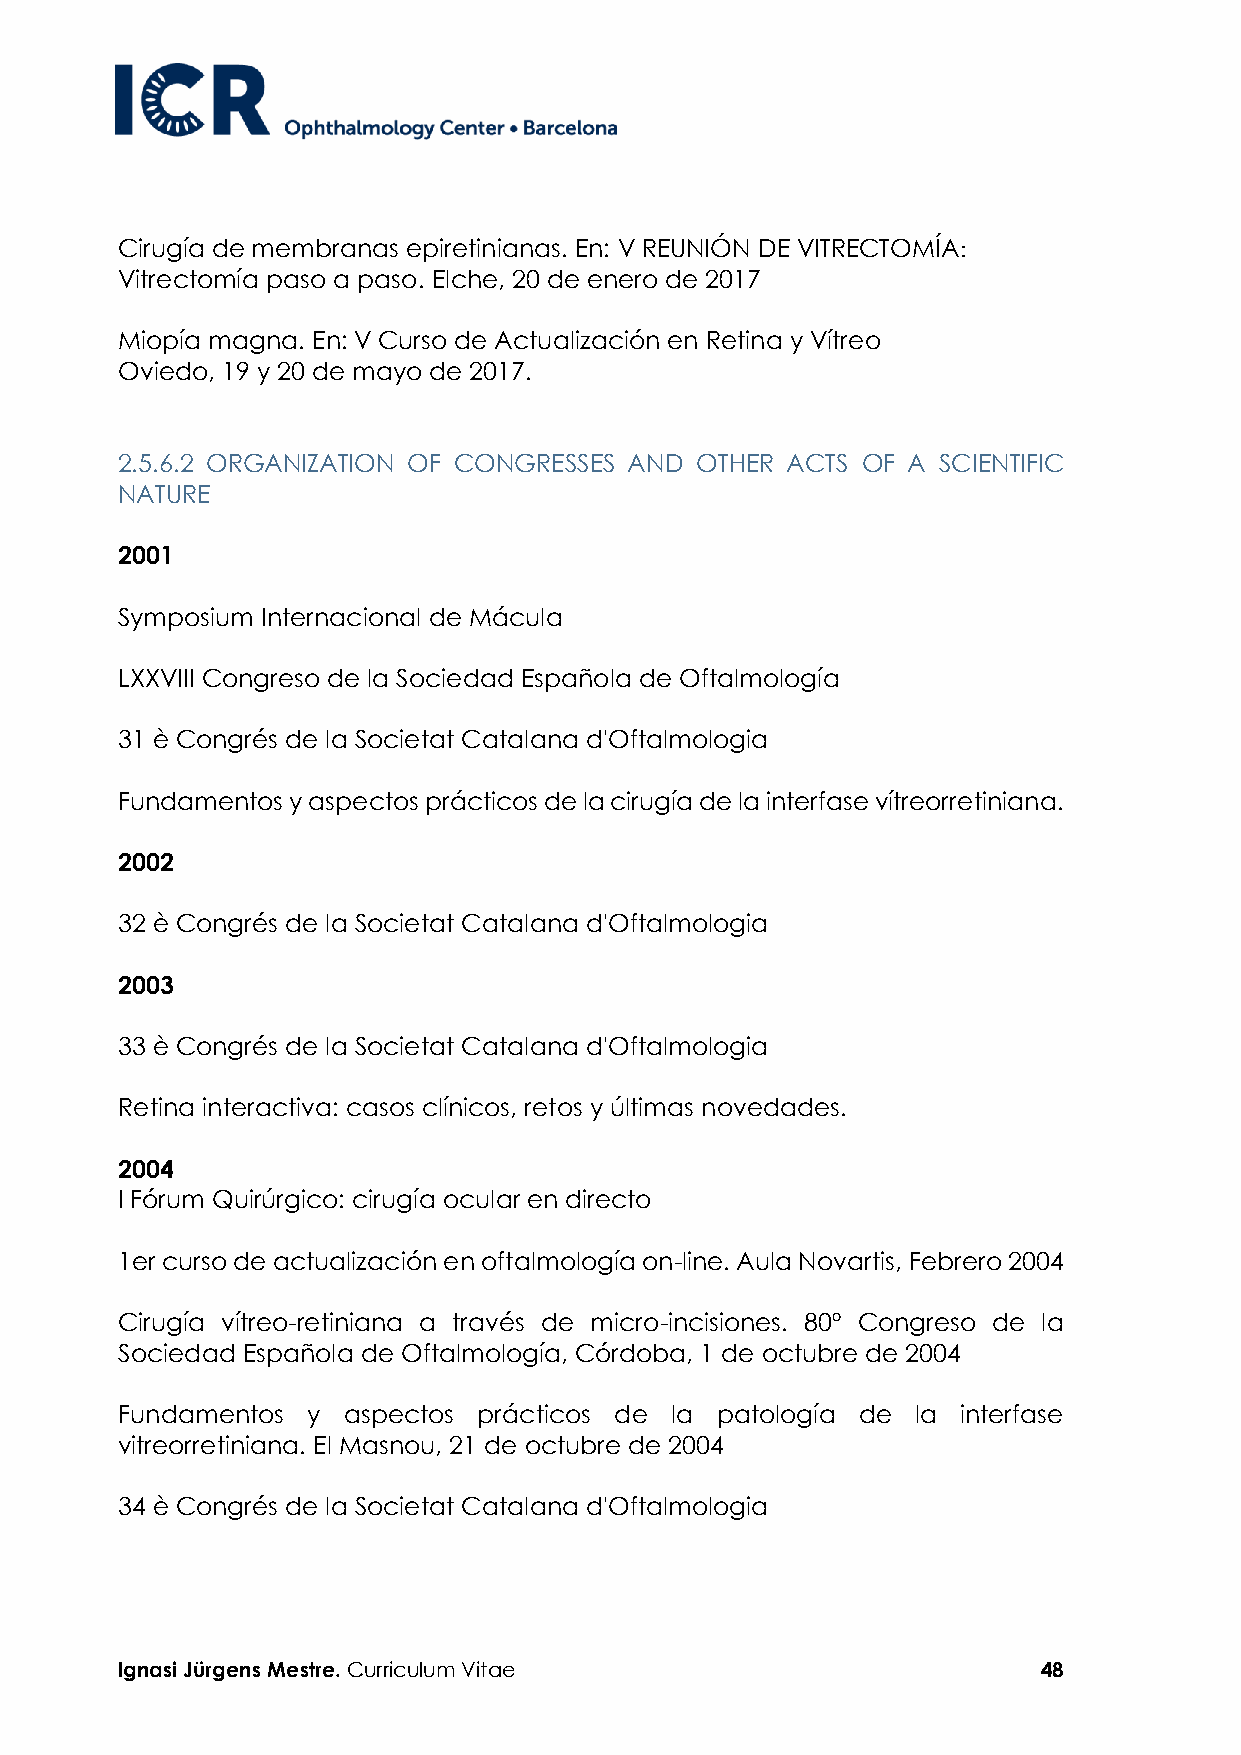
Cirugía de membranas epiretinianas. En: V REUNIÓN DE VITRECTOMÍA:
 Vitrectomía paso a paso. Elche, 20 de enero de 2017
 Miopía magna. En: V Curso de Actualización en Retina y Vítreo
 Oviedo, 19 y 20 de mayo de 2017.
 2.5.6.2 ORGANIZATION OF CONGRESSES AND OTHER ACTS OF A SCIENTIFIC
 NATURE
 2001
 Symposium Internacional de Mácula
 LXXVIII Congreso de la Sociedad Española de Oftalmología
 31 è Congrés de la Societat Catalana d'Oftalmologia
 Fundamentos y aspectos prácticos de la cirugía de la interfase vítreorretiniana.
 2002
 32 è Congrés de la Societat Catalana d'Oftalmologia
 2003
 33 è Congrés de la Societat Catalana d'Oftalmologia
 Retina interactiva: casos clínicos, retos y últimas novedades.
 2004
 I Fórum Quirúrgico: cirugía ocular en directo
 1er curso de actualización en oftalmología on-line. Aula Novartis, Febrero 2004
 Cirugía vítreo-retiniana a través de micro-incisiones. 80º Congreso de la
 Sociedad Española de Oftalmología, Córdoba, 1 de octubre de 2004
 Fundamentos y  aspectos prácticos de la patología de la interfase
 vitreorretiniana. El Masnou, 21 de octubre de 2004
 34 è Congrés de la Societat Catalana d'Oftalmologia
 Ignasi Jürgens Mestre. Curriculum Vitae                      48